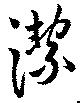
潔